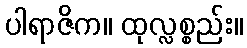
ပါရာဇိက။ ထုလ္လစ္စည်း။